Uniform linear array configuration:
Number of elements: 16
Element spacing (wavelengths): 0.5
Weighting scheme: hann
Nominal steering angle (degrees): -15
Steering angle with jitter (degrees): -13.638
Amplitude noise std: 0.05
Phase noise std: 0.05

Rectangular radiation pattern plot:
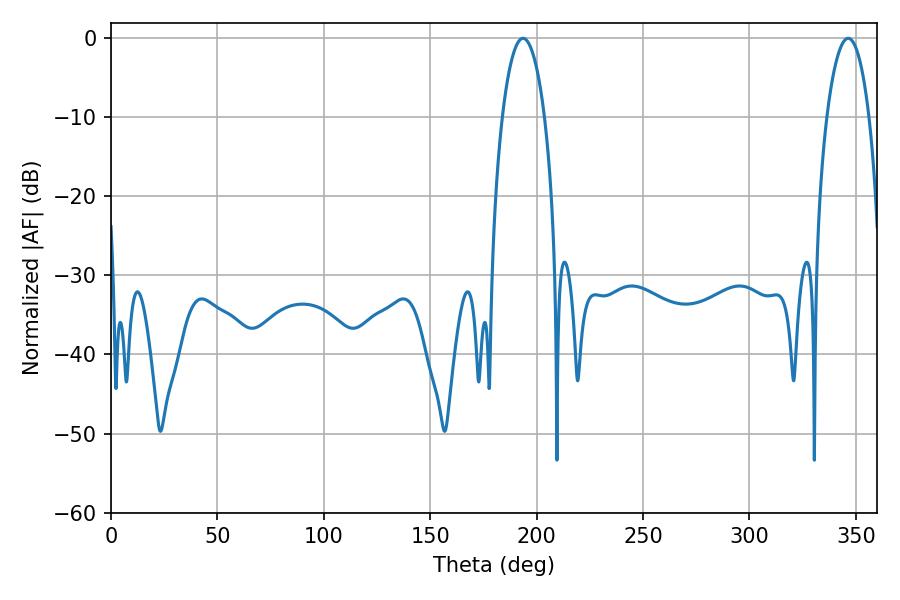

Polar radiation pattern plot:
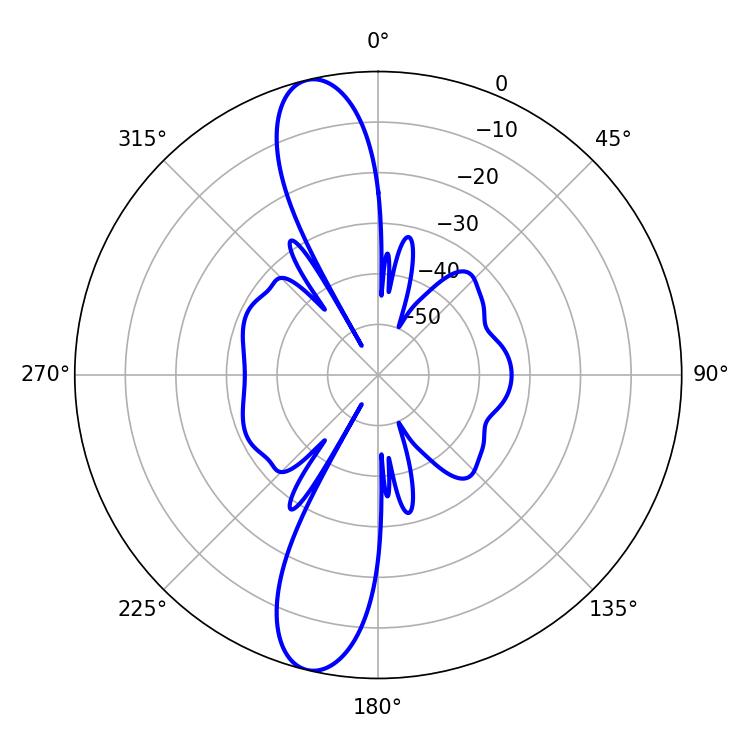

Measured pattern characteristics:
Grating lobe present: FALSE
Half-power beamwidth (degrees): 11.16
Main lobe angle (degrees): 346.32